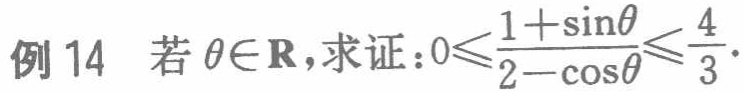
例 14 若$\theta\in\mathbf{R}$，求证：$0\leqslant\frac{1 + \sin\theta}{2 - \cos\theta}\leqslant\frac{4}{3}$